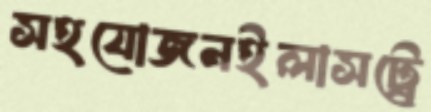
সহযোজনইলাসট্রে